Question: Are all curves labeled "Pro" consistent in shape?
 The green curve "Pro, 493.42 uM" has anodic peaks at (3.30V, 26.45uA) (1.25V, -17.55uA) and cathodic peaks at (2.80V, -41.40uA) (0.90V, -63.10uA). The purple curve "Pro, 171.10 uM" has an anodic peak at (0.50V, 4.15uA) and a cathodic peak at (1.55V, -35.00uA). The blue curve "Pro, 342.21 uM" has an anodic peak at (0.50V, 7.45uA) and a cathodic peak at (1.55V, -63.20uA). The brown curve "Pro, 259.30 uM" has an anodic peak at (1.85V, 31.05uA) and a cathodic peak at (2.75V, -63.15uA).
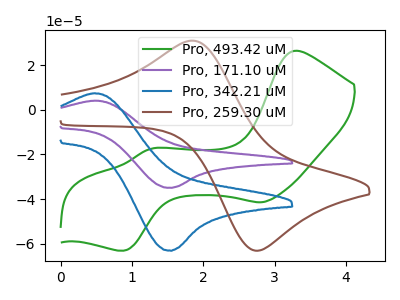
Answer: <think>"Pro, 493.42 uM" and "Pro, 171.10 uM" have a different number of peaks. "Pro, 493.42 uM" and "Pro, 342.21 uM" have a different number of peaks. "Pro, 493.42 uM" and "Pro, 259.30 uM" have a different number of peaks. All the peaks in "Pro, 171.10 uM" have a peak in "Pro, 342.21 uM" at the same potential. Every peak in "Pro, 171.10 uM" is lower than every peak in "Pro, 342.21 uM". "Pro, 171.10 uM" and "Pro, 259.30 uM" have at least one peak that do not match. "Pro, 342.21 uM" and "Pro, 259.30 uM" have at least one peak that do not match.
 </think>
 <answer>All the CV's of "Pro" have similar shape.</answer>
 <eval>follow_rule</eval>